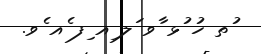
ުތ ހު ުޅ ާވ ަލ ިއ ިފ ެއ ެވ.